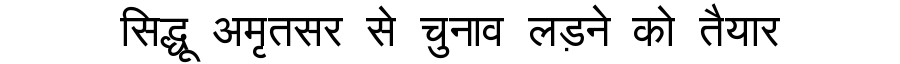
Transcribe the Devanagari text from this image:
सिद्धू अमृतसर से चुनाव लड़ने को तैयार